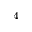
_ 4